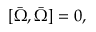
[ \bar { \Omega } , \bar { \Omega } ] = 0 ,